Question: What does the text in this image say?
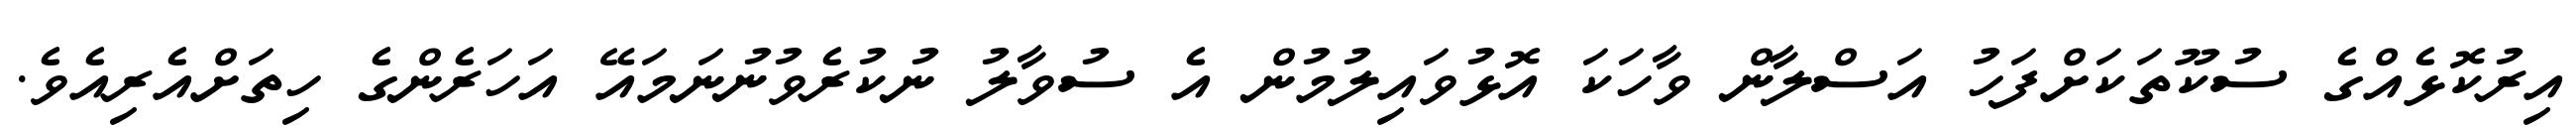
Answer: އިރުކޮޅެއްގެ ސުކޫތަކަށްފަހު އަސްލާން ވާހަކަ އޮޅުވައިލުމުން އެ ސުވާލު ނުކުރެވުނުނަމައޭ އަހަރެންގެ ހިތަށްއެރިއެވެ.